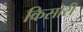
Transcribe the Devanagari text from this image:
किसोरी